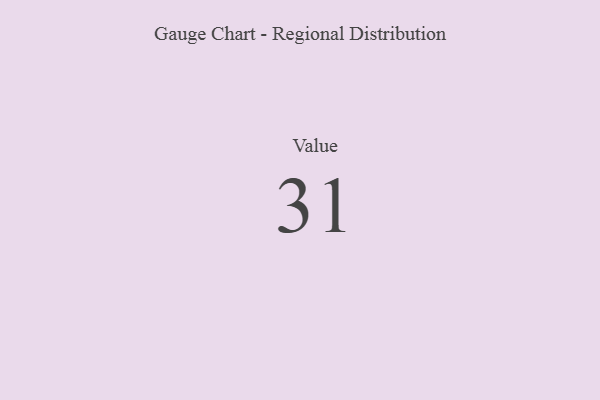
{"axis": {"x": "Metric", "y": "Value"}, "legend": [""], "data": [{"x": "Value", "y": 31, "type": ""}]}